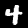
Label: 4